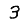
Digit: 3